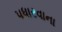
પધારવાના